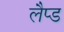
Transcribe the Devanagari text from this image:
लैप्ड